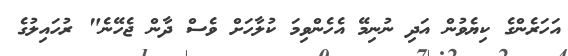
އަހަރެންގެ ކިޔެވުން އަދި ނުނިމޭ އެހެންވިމަ ކުލާހަށް ވެސް ދާން ޖެހޭނެ" ރުހައިލުގެ